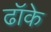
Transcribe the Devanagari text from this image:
ढॉके